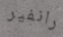
رانفير